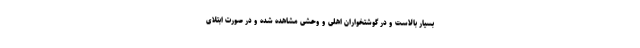
بسیار بالاست و در گوشتخواران اهلی و وحشی مشاهده شده و در صورت ابتلای